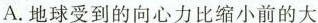
A.地球受到的向心力比缩小前的大